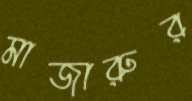
মাজারুর